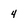
Character: 4